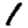
Digit: 1